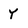
Character: Y